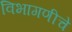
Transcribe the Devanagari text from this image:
विभागणीचे